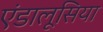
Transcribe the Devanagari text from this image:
एंडालूसिया